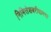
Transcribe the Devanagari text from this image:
निमित्तेशबरीधामचा